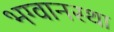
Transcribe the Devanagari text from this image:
भग्वानस्था